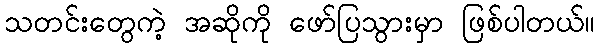
သတင်းတွေကဲ့ အဆိုကို ဖော်ပြသွားမှာ ဖြစ်ပါတယ်။